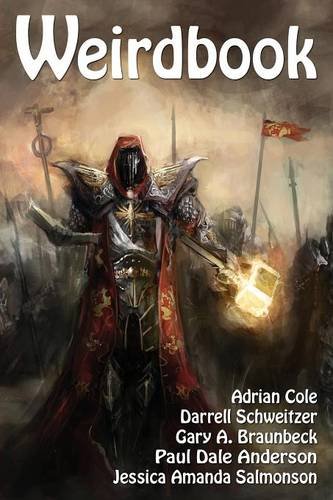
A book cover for Weirdbook 31; Adrian Cole; Science Fiction & Fantasy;